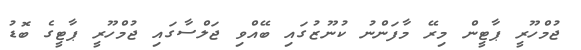
ޖުމްހޫރީ ޕާޓީން މިރޭ މާފަންނު ކުނޫޒުގައި ބޭއްވި ޖަލްސާގައި ޖުމްހޫރީ ޕާޓީގެ ބޮޑު